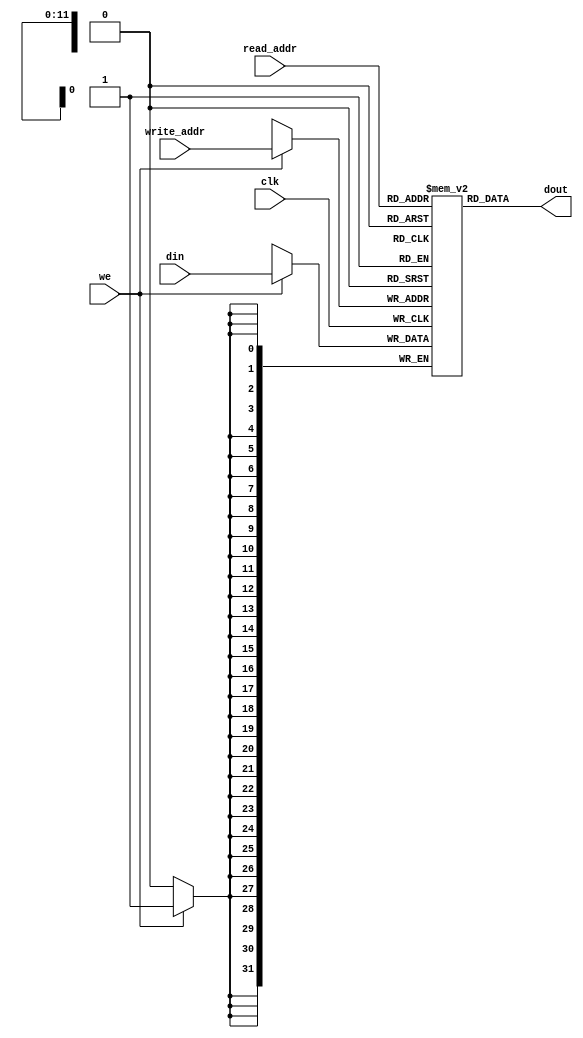
module ram_simple_dp_async_read_4096x32 (clk, we, read_addr, write_addr, din, dout);
    input clk, we;
    input [11:0] read_addr, write_addr;
    input [31:0] din;
    output [31:0] dout;
    
    reg [31:0] ram [4095:0];

    always @(posedge clk)
    begin
        if (we)
            ram[write_addr] <= din;
    end

    assign dout = ram[read_addr];

endmodule